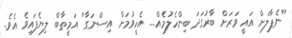
''ނެޕާލަށް އައީ ވަރަށް ބާރުގަދަ ބިންހެލުމެއް... އެހީވުމަށް އިސްނަގާ'' އަމީތާބް ލިޔެފައިވެ އެވެ.